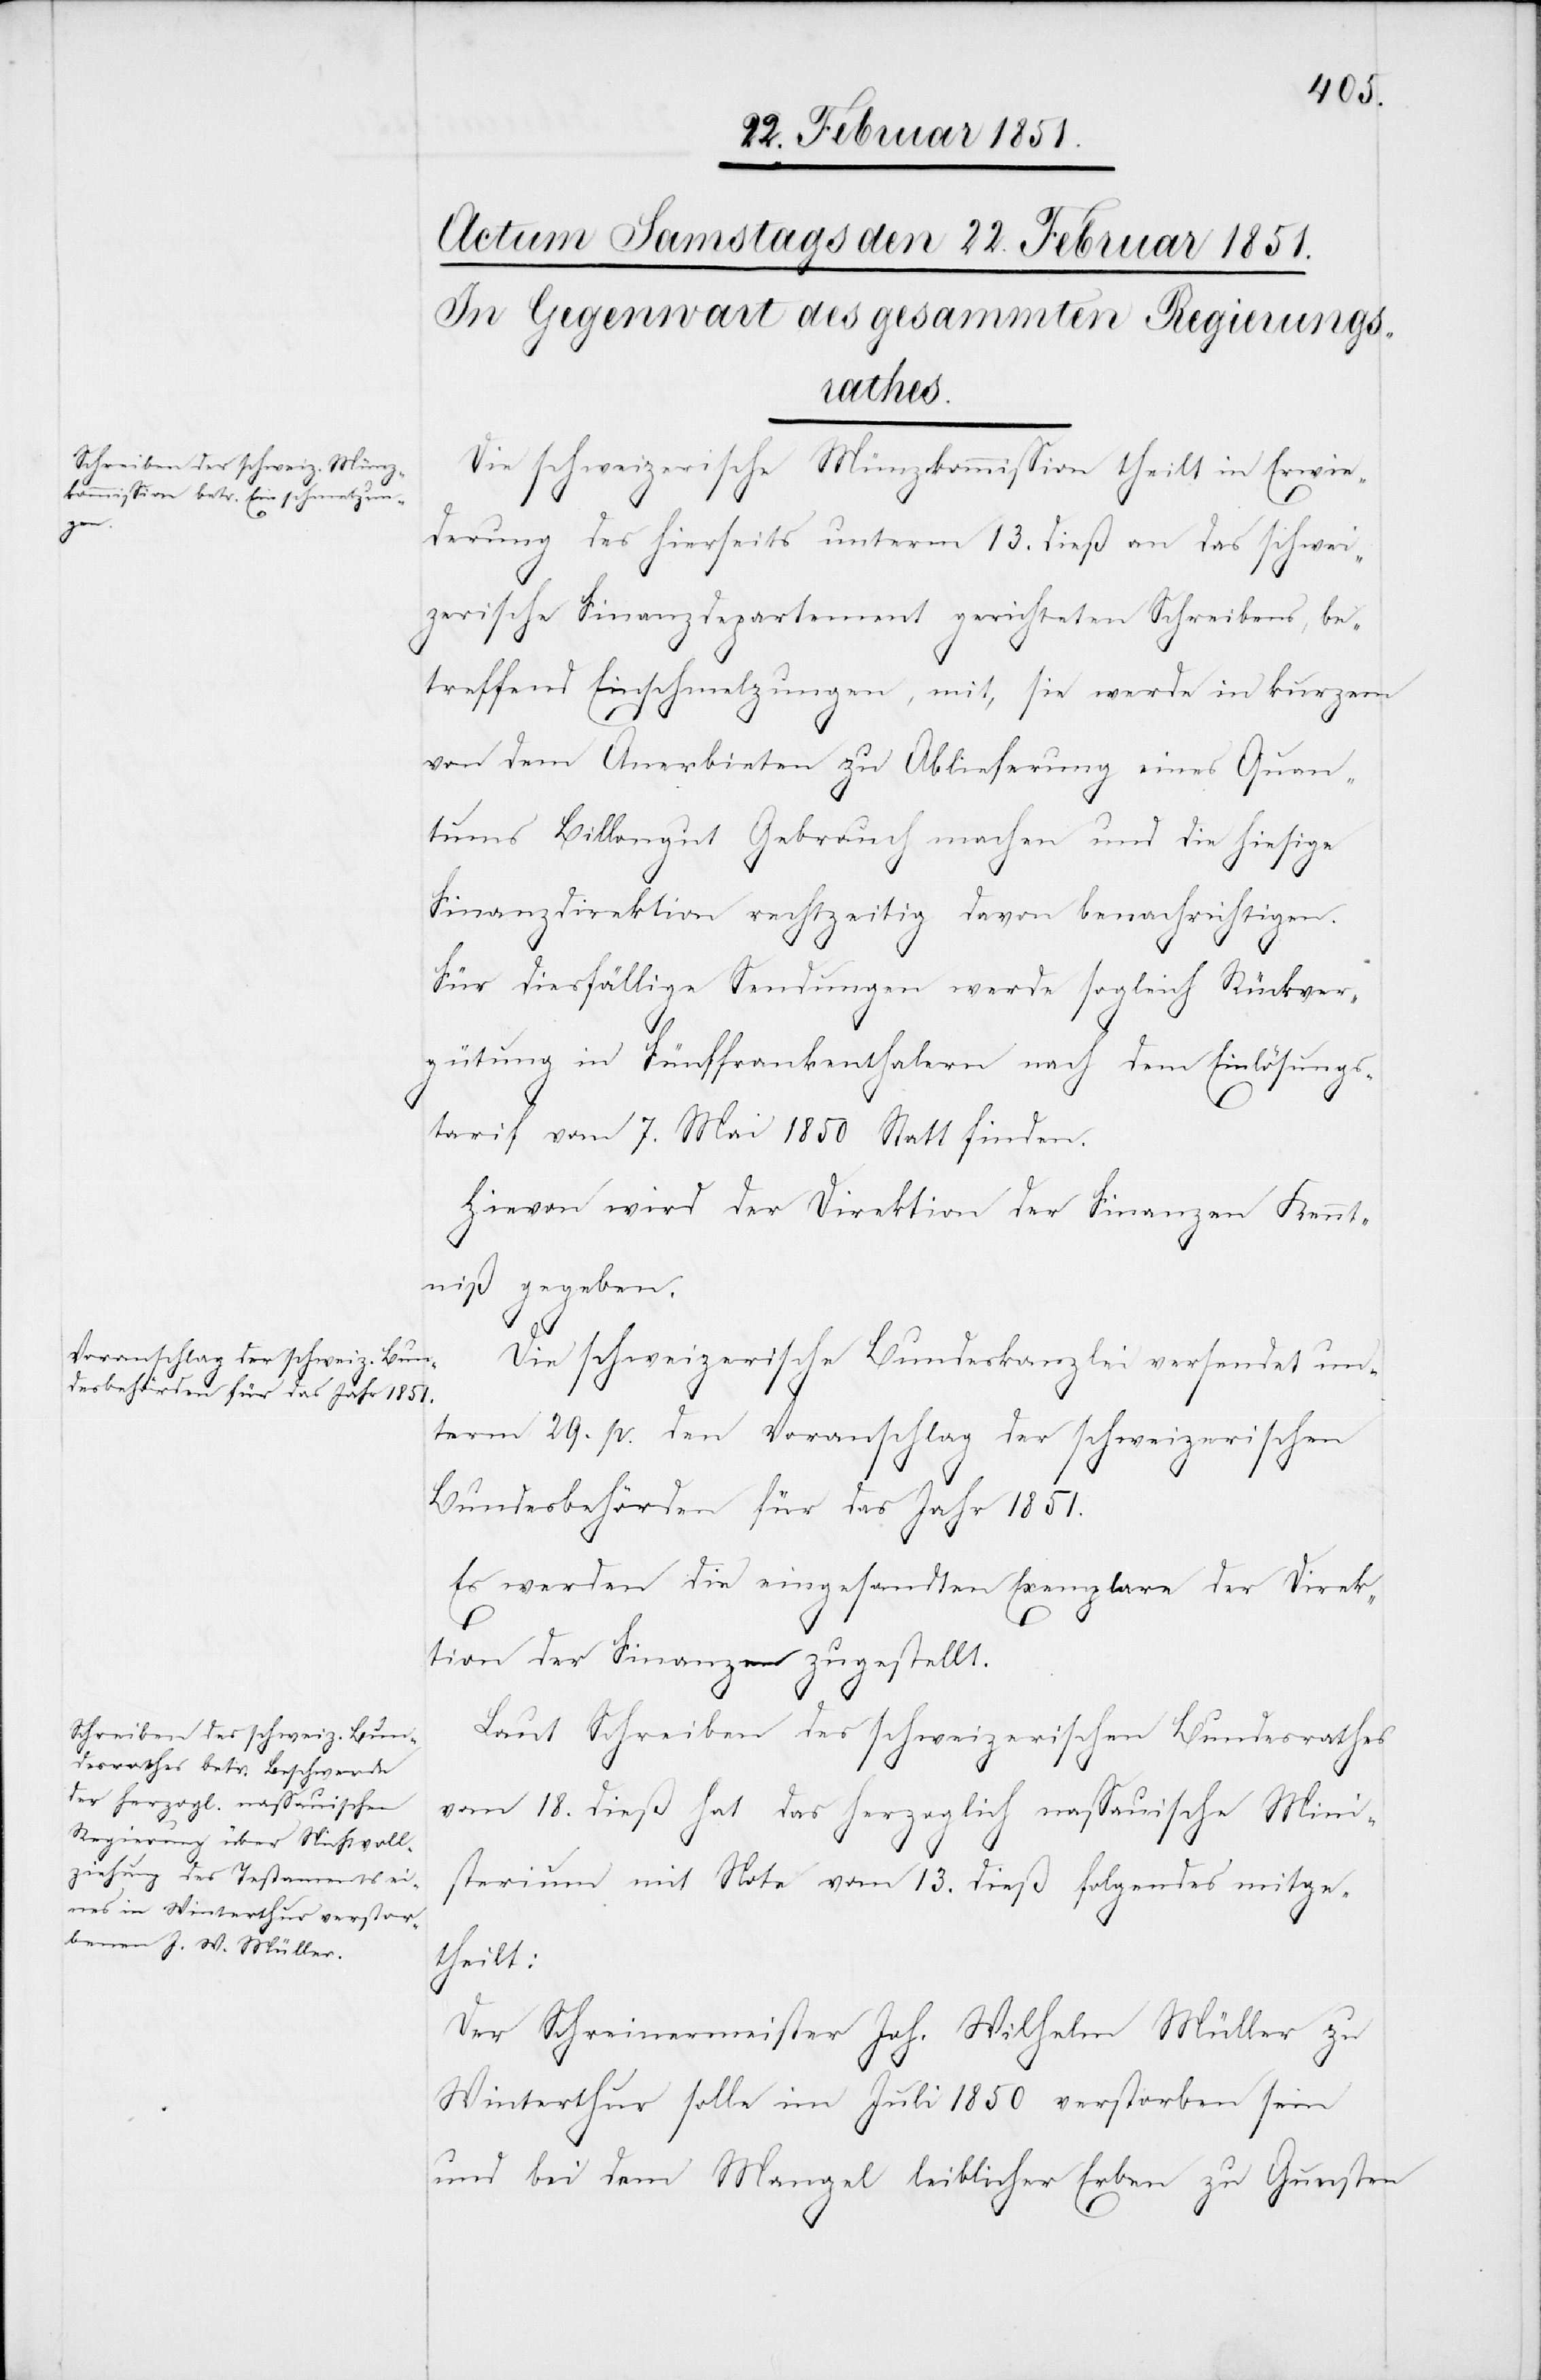
Die schweizerische Münzkommission theilt in Erwie¬
derung des hierseits unterm 13. dieß an das schwei¬
zerische Finanzdepartement gerichteten Schreibens, be¬
treffend Einschmelzungen, mit, sie werde in kurzem
von dem Anerbieten zu Ablieferung eines Quan¬
tums Billongut Gebrauch machen und die hiesige
Finanzdirektion rechtzeitig davon benachrichtigen.
Für diesfällige Sendungen werde sogleich Rückver¬
gütung in Fünffrankenthalern nach dem Einlösungs¬
tarif vom 7. Mai 1850 Statt finden.
Hievon wird der Direktion der Finanzen Kennt¬
niß gegeben.
Die schweizerische Bundeskanzlei versendet un¬
term 29. p. den Voranschlag der schweizerischen
Bundesbehörden für das Jahr 1851.
Es werden die eingesandten Exemplare der Direk¬
tion der Finanzen zugestellt.
Laut Schreiben des schweizerischen Bundesrathes
vom 18. dieß hat das herzoglich nassauische Mini¬
sterium mit Note vom 13. dieß folgendes mitge¬
theilt:
Der Schreinermeister Joh. Wilhelm Müller zu
Winterthur solle im Juli 1850 verstorben sein
und bei dem Mangel leiblicher Erben zu Gunsten